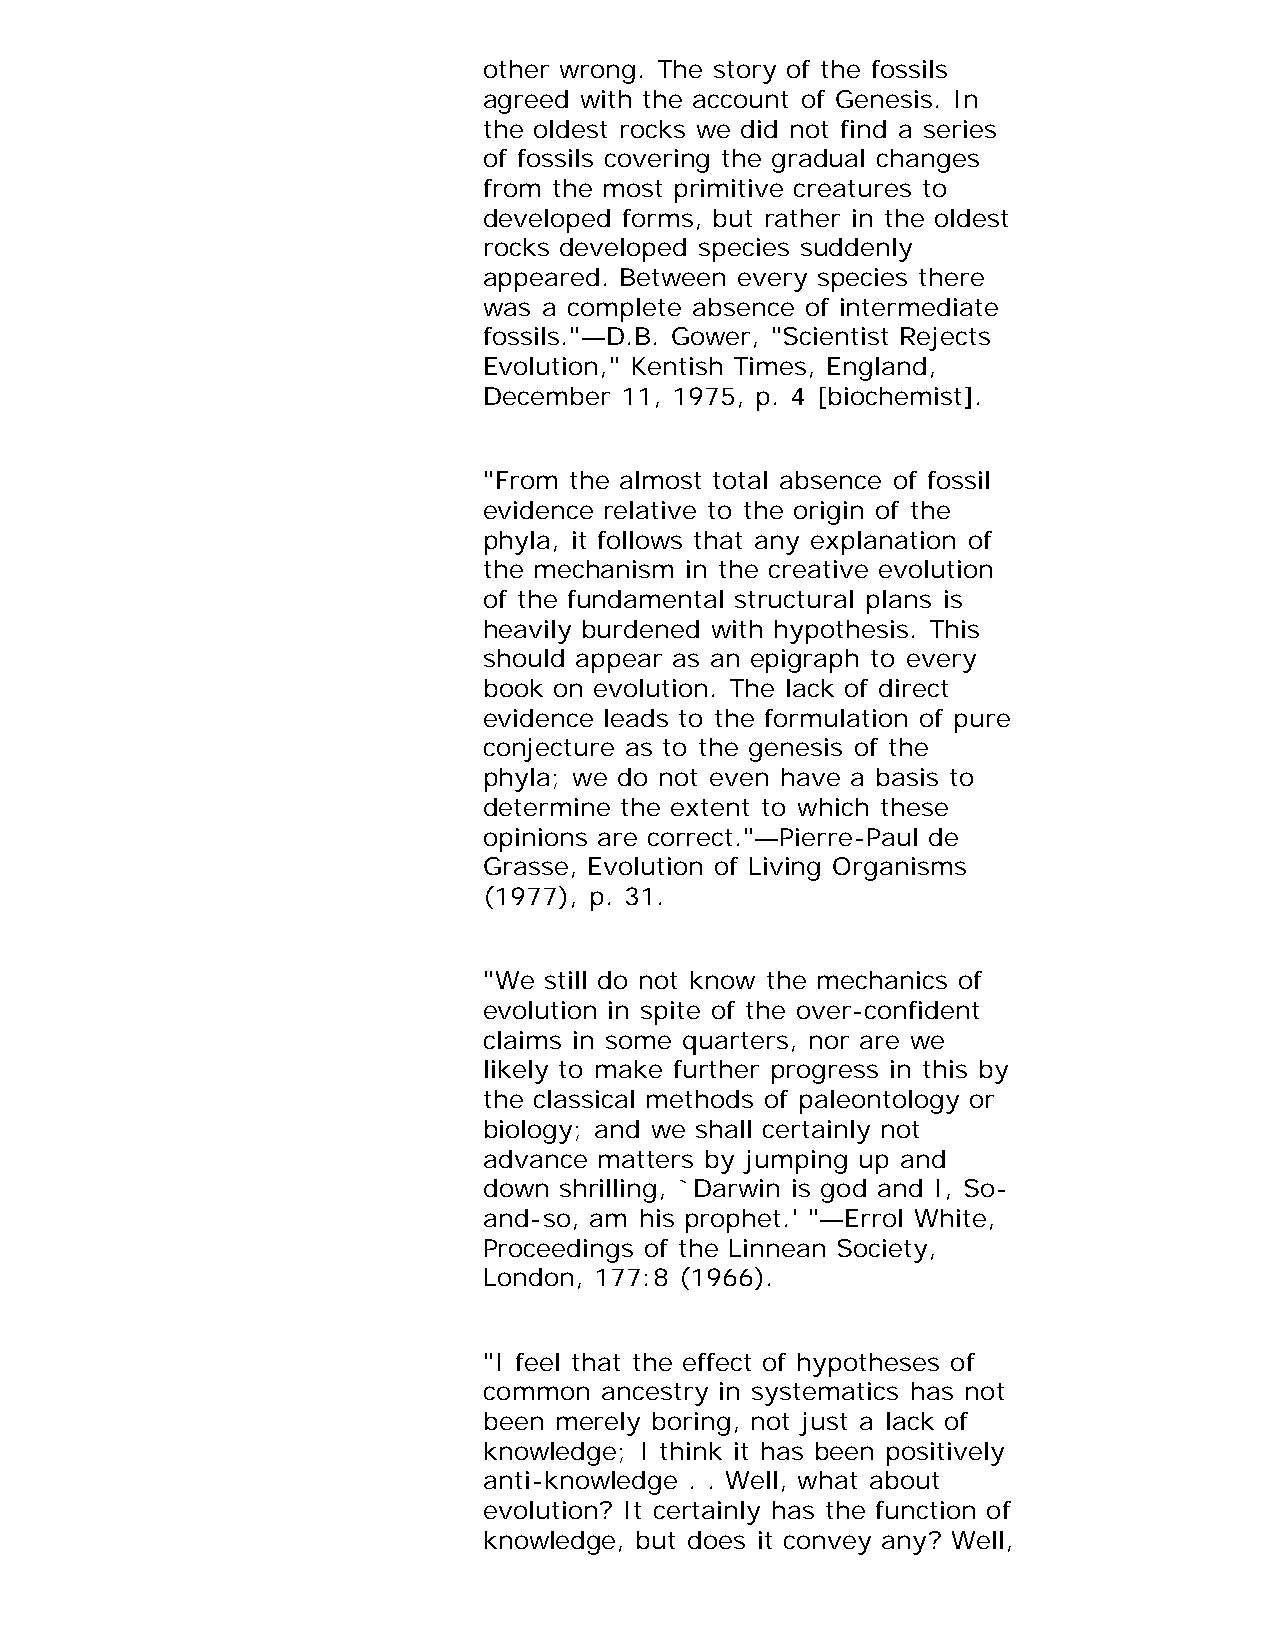
other wrong. The story of the fossils
 agreed with the account of Genesis. In
 the oldest rocks we did not find a series
 of fossils covering the gradual changes
 from the most primitive creatures to
 developed forms, but rather in the oldest
 rocks developed species suddenly
 appeared. Between every species there
 was a complete absence of intermediate
 fossils."—D.B. Gower, "Scientist Rejects
 Evolution," Kentish Times, England,
 December 11, 1975, p. 4 [biochemist].
 "From the almost total absence of fossil
 evidence relative to the origin of the
 phyla, it follows that any explanation of
 the mechanism in the creative evolution
 of the fundamental structural plans is
 heavily burdened with hypothesis. This
 should appear as an epigraph to every
 book on evolution. The lack of direct
 evidence leads to the formulation of pure
 conjecture as to the genesis of the
 phyla; we do not even have a basis to
 determine the extent to which these
 opinions are correct."—Pierre-Paul de
 Grasse, Evolution of Living Organisms
 (1977), p. 31.
 "We still do not know the mechanics of
 evolution in spite of the over-confident
 claims in some quarters, nor are we
 likely to make further progress in this by
 the classical methods of paleontology or
 biology; and we shall certainly not
 advance matters by jumping up and
 down shrilling, `Darwin is god and I, So-
 and-so, am his prophet.' "—Errol White,
 Proceedings of the Linnean Society,
 London, 177:8 (1966).
 "I feel that the effect of hypotheses of
 common  ancestry in systematics has not
 been merely boring, not just a lack of
 knowledge; I think it has been positively
 anti-knowledge . . Well, what about
 evolution? It certainly has the function of
 knowledge, but does it convey any? Well,